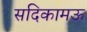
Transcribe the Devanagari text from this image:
सदिकामऊ